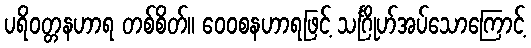
ပရိဝတ္တနဟာရ တစ်စိတ်။ ဝေဝစနဟာရဖြင့် သင်္ဂြိုဟ်အပ်သောကြောင့်